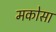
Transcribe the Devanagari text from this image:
मकोसा